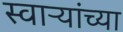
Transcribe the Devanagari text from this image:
स्वाऱ्यांच्या